system: You are a helpful assistant.
user:
Analyze the provided spectrum to determine if it is a **Carbon Star (C-type)**.

- **Key Visual Indicators of Carbon Star:**
    - **(Primary):** Strong molecular absorption from **C₂ (diatomic carbon) "Swan Bands."** This is the **defining feature** of a carbon star.
        - **(Key Bandheads):** Sharp absorption edges are visible at approximately $5635$ Å, $5165$ Å (the strongest band), and $4737$ Å.
        - **(Line Profile):** Creates a distinct **"saw-tooth"** pattern. The key morphology is a sharp, steep bandhead on the **red (long-wavelength) side**, which then gradually tapers off (i.e., flux recovers) towards the **blue (short-wavelength) side**. *(This is the direct opposite of the TiO bands seen in M-type stars)*.

    - **(Secondary):** Intense **CN (cyanogen)** molecular absorption bands.
        - **(Key Bandheads):** Located in the blue and violet regions of the spectrum (e.g., near $4215$ Å and $3883$ Å).
        - **(Morphology):** These bands are extremely broad and act as a "blanket," absorbing the vast majority of blue and violet light. This creates a characteristic **"cliff"** or **"steep drop-off"** in the spectrum's flux at short wavelengths.

    - **(Key Confirmation):** Strong **CH absorption band (G-band)**.
        - **(Key Bandhead):** Located around $4300$ Å. The contribution from CH molecules to this band is exceptionally strong.

    - **(Overall Spectrum):**
        - The continuum is severely "chopped up" by these deep molecular bands, especially C₂, rather than appearing as a smooth curve.
        - Due to the heavy CN and C₂ absorption in the blue-green, the vast majority of the star's flux is concentrated in the red part of the spectrum, giving the star its characteristic deep red color.

Think first, call **spectral_visualization_tool** if needed to examine features in detail, then provide your final answer. Your response must adhere to the following strict rules:
1.  **Overall Structure:** Your response must follow the format `<think>...</think> <tool_call>...</tool_call> (if a tool is used) <answer>...</answer>`.
2.  **Tool Usage Constraint:** You may only make **one** tool call per turn.
3.  **Final Answer Format:** In the `<answer>` tag, your conclusion must be inside a `\boxed{}` command (e.g., `\boxed{YES}`), followed by your justification.

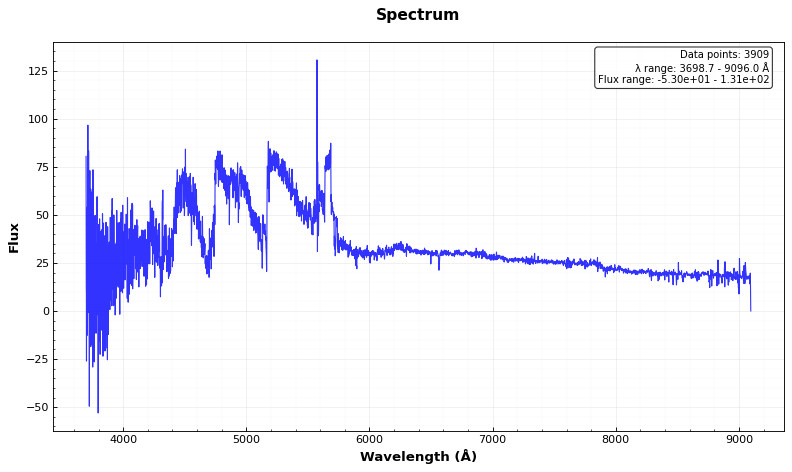
Answer: YES